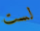
لست